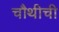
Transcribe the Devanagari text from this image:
चौथीची